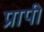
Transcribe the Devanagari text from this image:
प्रापी